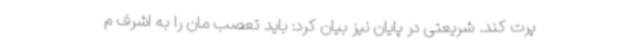
پرت کند. شریعتی در پایان نیز بیان کرد: باید تعصب مان را به اشرف م